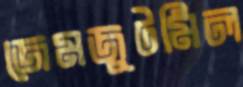
জেমজুটমিল